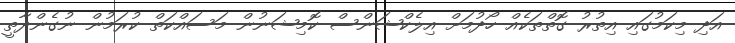
އަދި މިކަމުގައި އިތުރު ގޮތްތަކެއް ހޯދުމަށް އިލެކްޝަންސް ކޮމިޝަނުން މަސައްކަތް ކުރަމުން ނުގެންދާތީ